Eesti_Noorsoo_Kasvatuse_Selts, lk 28
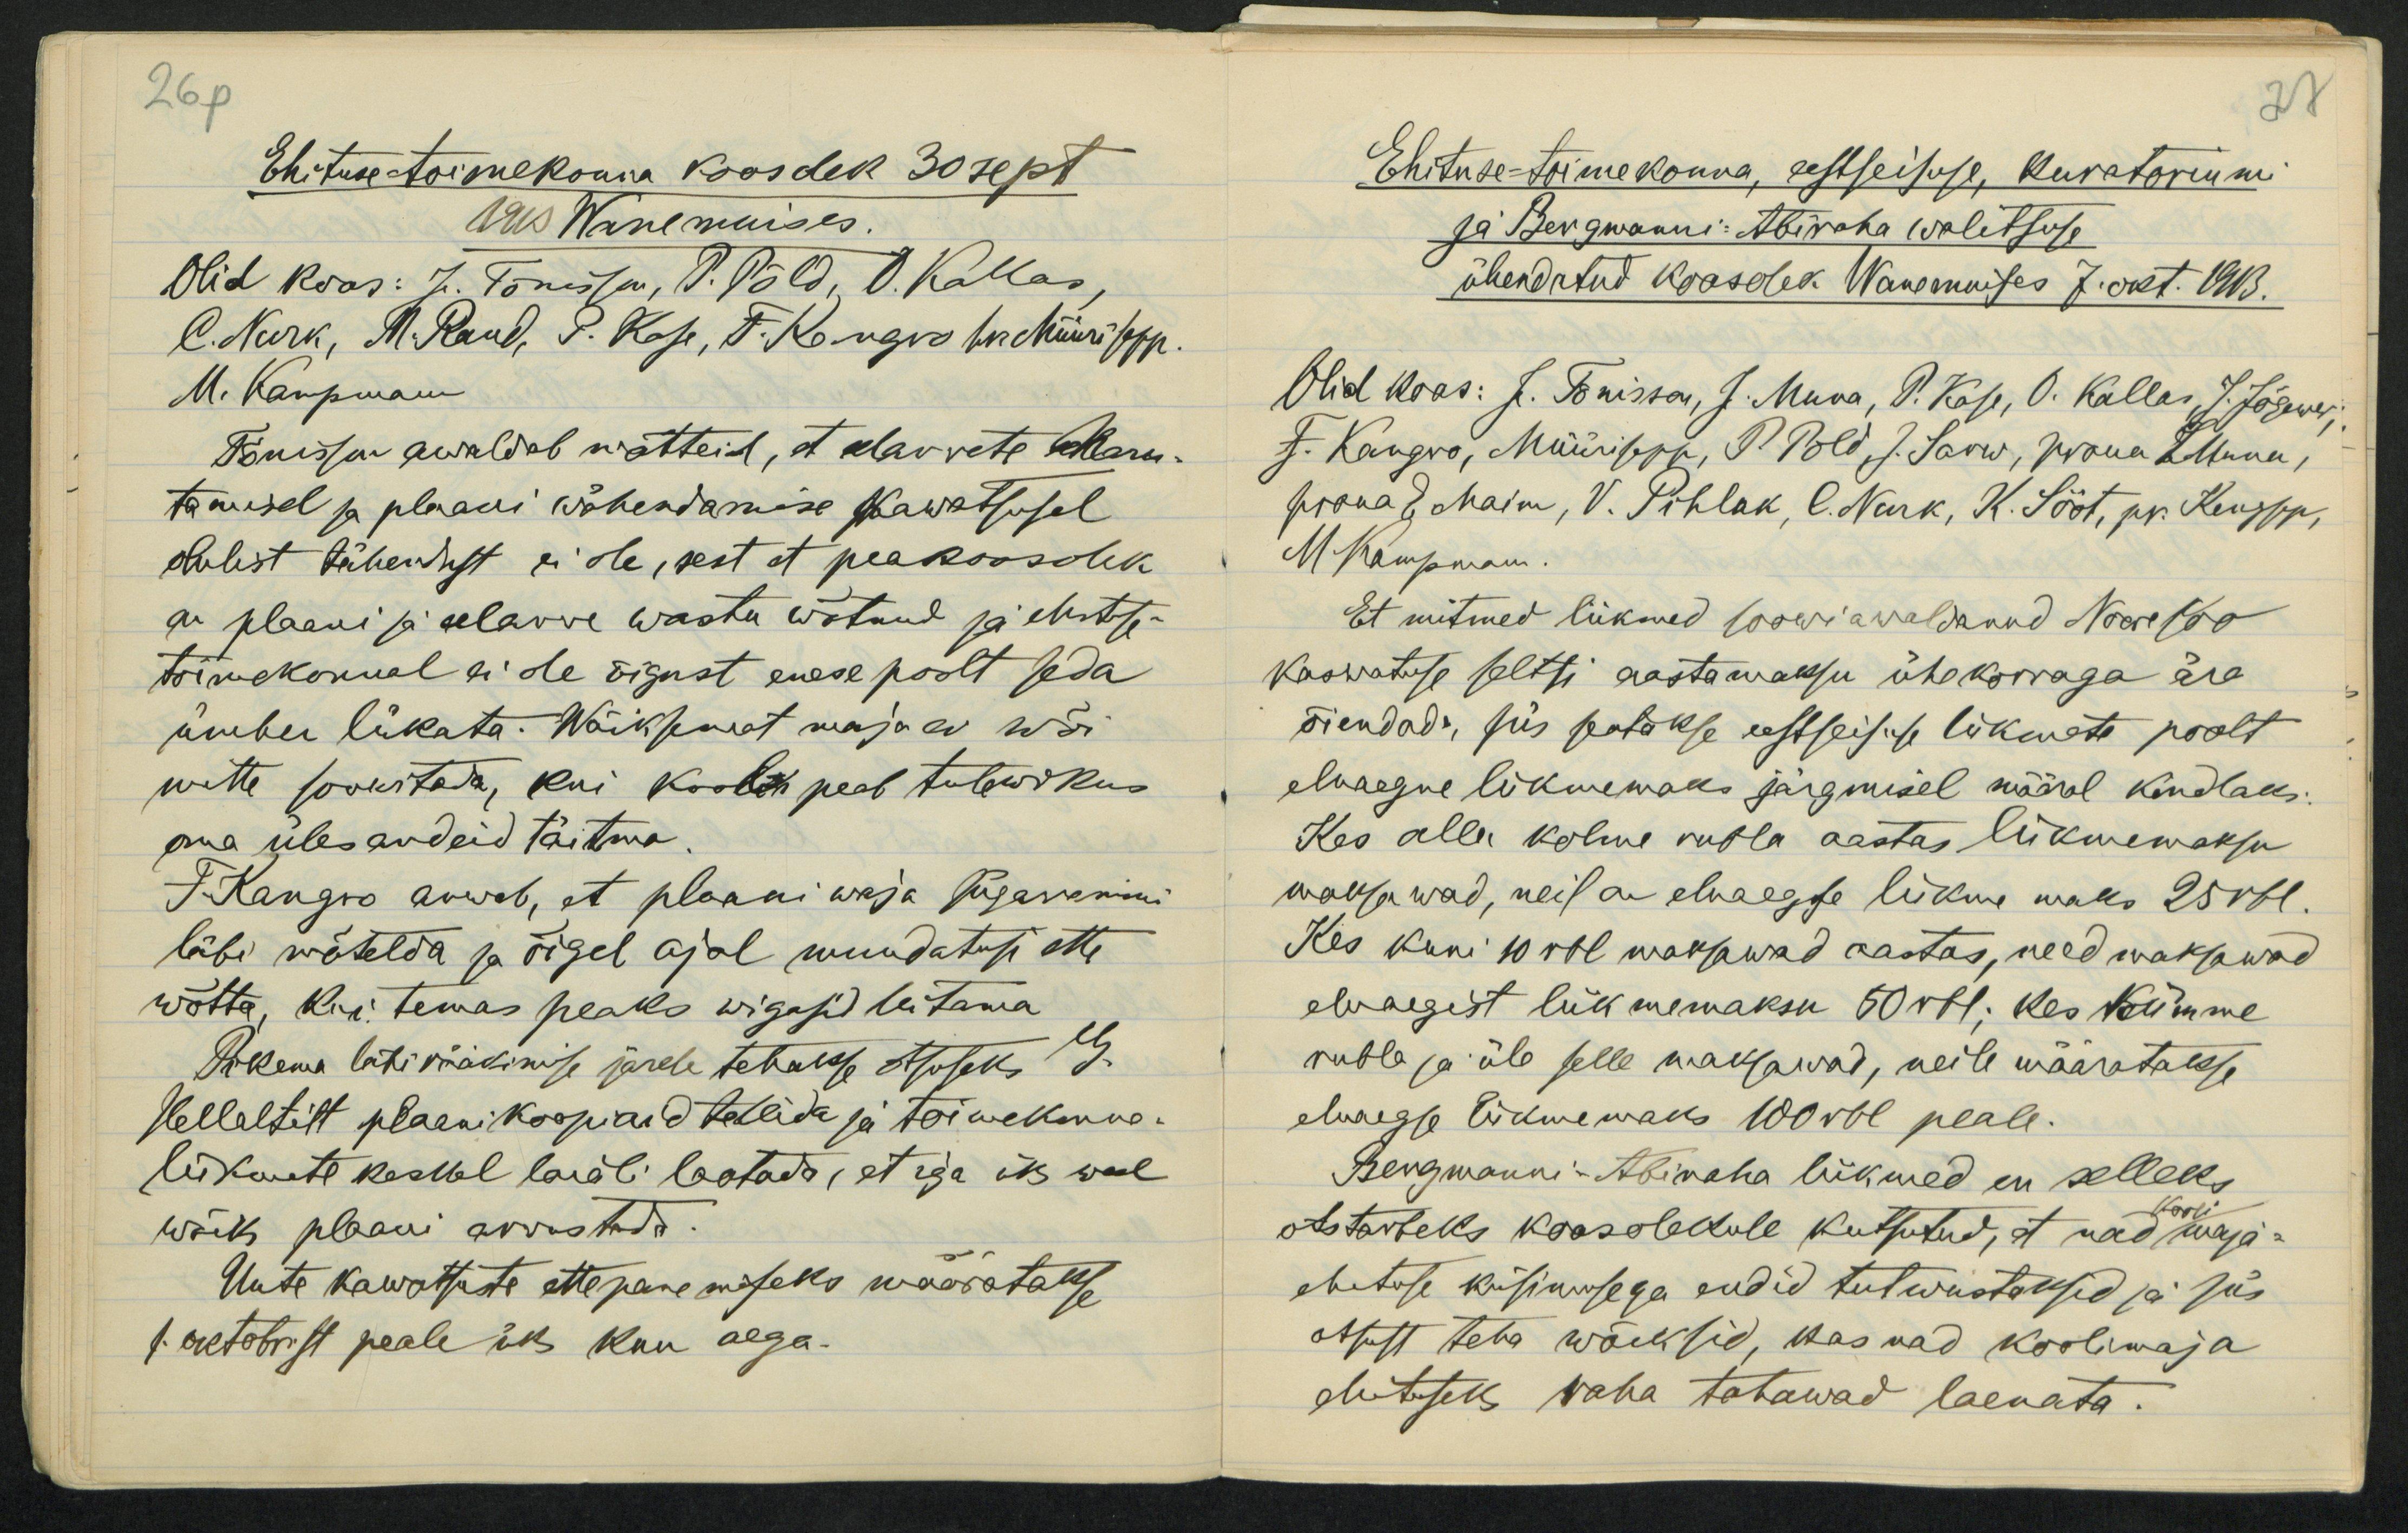
26p
Ehituse-toimekonna koosolek 30 sept
1913 Wanemuises.
Olid koos: J. Tõnisson, P. Põld, O. Kallas,
C. Nurk, M. Raud. P. Kose, F. Kangro hrr Müürisepp.
M. Kampmann
Tõnisson awaldab mõtteid, et eelarwete kasu-
tamisel ja plaani wähendamise kawatsusel
olulist tähendust ei ole, sest et peakoosolek
on plaani ja eelarwe wastu wõtnud ja ehituse-
toimekonnal ei ole õigust enese poolt seda
ümber lükata. Wäiksemat maja ei wõi
mitte soowitada, kui koolik peab tulewikus
oma üleandeid täitma.
F. Kangro arwab, et plaani waja sügawamini
läbi mõtelda ja õigel ajal muudatusi ette
wõtta, kui temas peaks wigasid leitama
Pikema läbirääkimise järele tehakse otsuseks G.
Hellaltilt plaanikoopiaid tellida ja toimekonna-
liikmete keskel laiali laotada, et iga üks weel
wõiks plaani arwustada.
Uute kawatsuste ettepanemiseks määratakse
1. oktobrist peale üks kuu aega.

27
Ehituse-toimekonna, eestseisuse, kuratoriumi
ja Bergmanni-Abiraha walitsuse
ühendatud koosolek Wanemuises 7. okt. 1913.
Olid koos: J. Tõnisson, J. Muna, P. Kose, O. Kallas, J. Jõgewer,
F. Kangro, Müürisepp, P Põld, J. Sarw, proua LMuna,
proua E Maim, V. Pihlak, C. Nurk, K. Sööt, pr. Kengsep,
MKampmann.
Et mitmed liikmed soowi awaldanud Nooresoo
Kaswatuse seltsi aastamaksu ühekorraga ära
õiendada, siis seatakse eestseisuse liikmete poolt
eluaegne liikmemaks järgmisel määral kindlaks:
Kes alla kolme rubla aastas liikmemaksu
maksawad, neil on eluaegse liikme maks 25rbl.
Kes kuni 10 rbl maksawad aastas, need maksawad
eluaegist liikmemaksu 50 rbl; kes kümme
rubla ja üle selle maksawad, neile määratakse
eluaegse liikmemaks 100 rbl peale.
Bergmanni-Abiraha liikmed on selleks
kooli
otstarbeks koosolekule kutsutud, et nad maja-
ehituse küsimusega endid tutwustaksid ja siis
otsust teha wõiksid, kas nad koolimaja
ehituseks raha tahawad laenata.